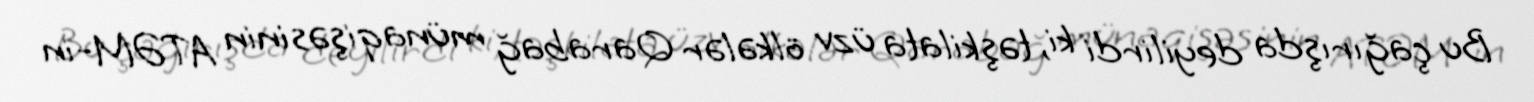
Bu çağırışda deyilirdi ki, təşkilata üzv ölkələr Qarabağ münaqişəsinin ATƏM-in